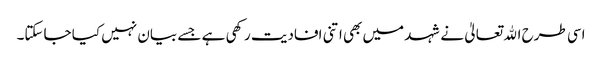
اسی طرح اﷲ تعالیٰ نے شہد میں بھی اتنی افادیت رکھی ہے جسے بیان نہیں کیا جاسکتا۔